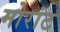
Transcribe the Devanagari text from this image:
मोरांट